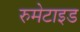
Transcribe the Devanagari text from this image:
रुमेटाइड